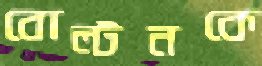
বোল্টনকে